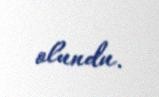
olundu.